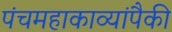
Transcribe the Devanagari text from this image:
पंचमहाकाव्यांपैकी